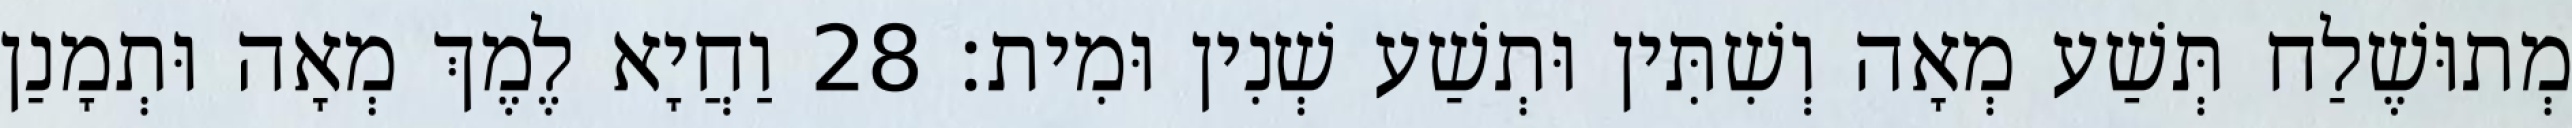
מְתוּשֶׁלַח תְּשַׁע מְאָה וְשִׁתִּין וּתְשַׁע שְׁנִין וּמִית׃ 28 וַחֲיָא לֶמֶךְ מְאָה וּתְמָנַן